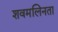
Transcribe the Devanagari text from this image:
शवमलिनता